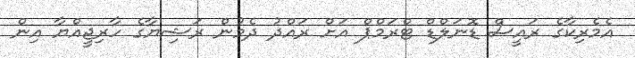
އެމެރިކާގެ ރައީސް ޑޮނަލްޑް ޓްރަމްޕް އަށް ރައްދު ދެމުން ރަޝިޔާގެ ހާރިޖީއްޔާ އިން